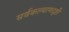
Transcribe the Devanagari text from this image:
सर्वकल्याणदृष्टी